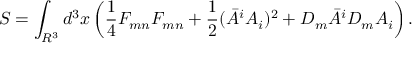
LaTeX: S = \int _ { R ^ { 3 } } d ^ { 3 } x \left( \frac { 1 } { 4 } F _ { m n } F _ { m n } + \frac { 1 } { 2 } ( { \bar { A } } ^ { i } A _ { i } ) ^ { 2 } + D _ { m } { \bar { A } } ^ { i } D _ { m } A _ { i } \right) .